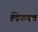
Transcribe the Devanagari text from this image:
विनयग